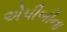
એપીબીના